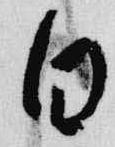
白